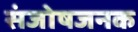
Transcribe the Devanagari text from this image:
संजोषजनक